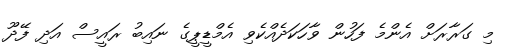
މި ގަރާރަށް އެންމެ ފަހުން ވާހަކަދެއްކެވި އެމްޑީޕީގެ ނައިބު ރައީސް އަދި ފޭދޫ